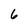
Character: 6